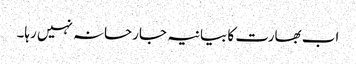
اب بھارت کا بیانیہ جارحانہ نہیں رہا۔